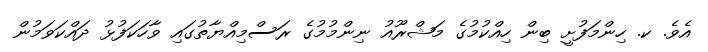
އެވެ. ކ. ހިންމަފުށީ ބިން ހިއްކުމުގެ މަޝްރޫއު ނިންމުމުގެ ރަސްމިއްޔާތުގައި ވާހަކަފުޅު ދައްކަވަމުން